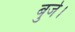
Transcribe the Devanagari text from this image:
बुर्ज।